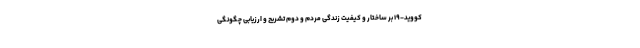
کووید-۱۹ بر ساختار و کیفیت زندگی مردم و دوم تشریح و ارزیابی چگونگی